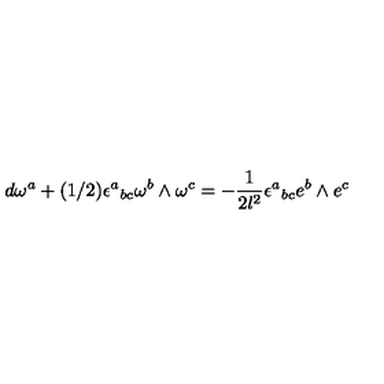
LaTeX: d \omega ^ { a } + ( 1 / 2 ) \epsilon ^ { a } { } _ { b c } \omega ^ { b } \wedge \omega ^ { c } = - \frac { 1 } { 2 l ^ { 2 } } \epsilon ^ { a } { } _ { b c } e ^ { b } \wedge e ^ { c }